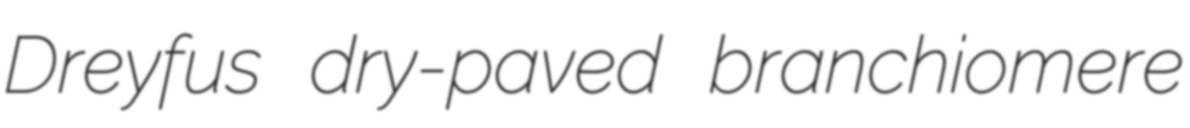
Dreyfus dry-paved branchiomere